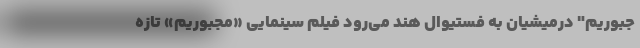
جبوریم" درمیشیان به فستیوال هند می‌رود فیلم سینمایی «مجبوریم» تازه